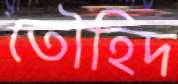
তৌহিদ